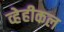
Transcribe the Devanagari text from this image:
व्हेहीकल